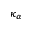
\kappa _ { \alpha }